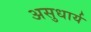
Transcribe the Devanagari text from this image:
असुधार्य